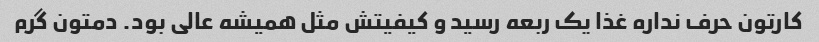
کارتون حرف نداره غذا یک ربعه رسید و کیفیتش مثل همیشه عالی بود. دمتون گرم